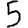
Digit: 5